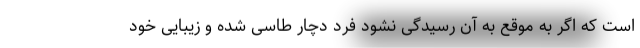
است که اگر به موقع به آن رسیدگی نشود فرد دچار طاسی شده و زیبایی خود